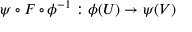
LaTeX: \psi \circ F \circ \phi ^ { - 1 } : \phi ( U ) \to \psi ( V )